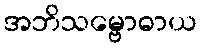
အဘိသမ္ဗောဓာယ